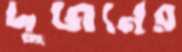
দুজনের